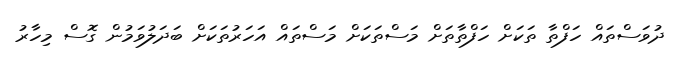
ދުވަސްތައް ހަފްތާ ތަކަށް ހަފްތާތަށް މަސްތަކަށް މަސްތައް އަހަރުތަކަށް ބަދަލުވަމުން ގޮސް މިހާރު